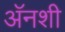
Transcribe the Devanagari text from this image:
अॅनशी